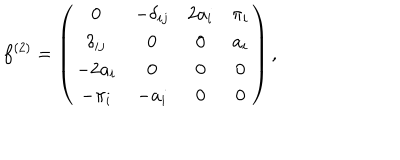
f ^ { ( 2 ) } = \left( \begin{array} { c c c c } { { 0 } } & { { - \delta _ { i j } } } & { { 2 a _ { i } } } & { { \pi _ { i } } } \\ { { \delta _ { i j } } } & { { 0 } } & { { 0 } } & { { a _ { i } } } \\ { { - 2 a _ { i } } } & { { 0 } } & { { 0 } } & { { 0 } } \\ { { - \pi _ { i } } } & { { - a _ { i } } } & { { 0 } } & { { 0 } } \\ \end{array} \right) ,